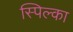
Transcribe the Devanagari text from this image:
स्पिल्का